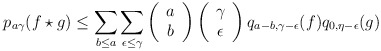
\begin{align*}p_{a\gamma}(f\star g)\leq \sum_{b\leq a}\sum_{\epsilon\leq \gamma} \left( \begin{array}{c}a \\b\end{array} \right)\left(\begin{array}{c}\gamma \\\epsilon\end{array} \right) q_{a-b,\gamma-\epsilon}(f)q_{0,\eta-\epsilon}(g)\end{align*}